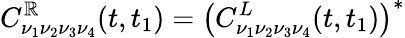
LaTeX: C_{\nu_{1}\nu_{2}\nu_{3}\nu_{4}}^{\mathbb{R}}(t,t_{1})=\left(C_{\nu_{1}\nu_{2}\nu_{3}\nu_{4}}^{L}(t,t_{1})\right)^{*}